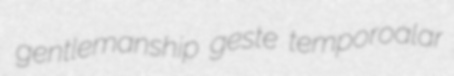
gentlemanship geste temporoalar